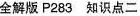
全解版 P283 知识点二